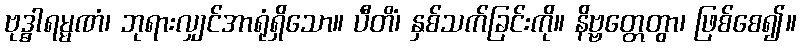
ဗုဒ္ဓါရမ္မဏံ၊ ဘုရားလျှင်အာရုံရှိသော။ ပီတိံ၊ နှစ်သက်ခြင်းကို။ နိဗ္ဗတ္တေတွာ၊ ဖြစ်စေ၍။